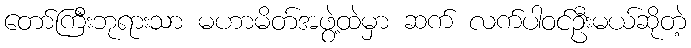
တော်ကြီးဘုရားသာ မဟာမိတ်အဖွဲ့ထဲမှာ ဆက် လက်ပါဝင်ဦးမယ်ဆိုတဲ့